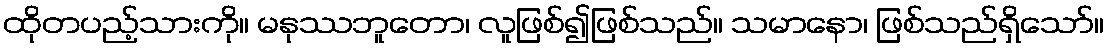
ထိုတပည့်သားကို။ မနုဿဘူတော၊ လူဖြစ်၍ဖြစ်သည်။ သမာနော၊ ဖြစ်သည်ရှိသော်။